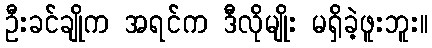
ဦးခင်ချိုက အရင်က ဒီလိုမျိုး မရှိခဲ့ဖူးဘူး။